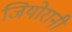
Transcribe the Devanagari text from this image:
जियोरानी